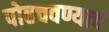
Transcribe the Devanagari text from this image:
पोहचवण्याचं